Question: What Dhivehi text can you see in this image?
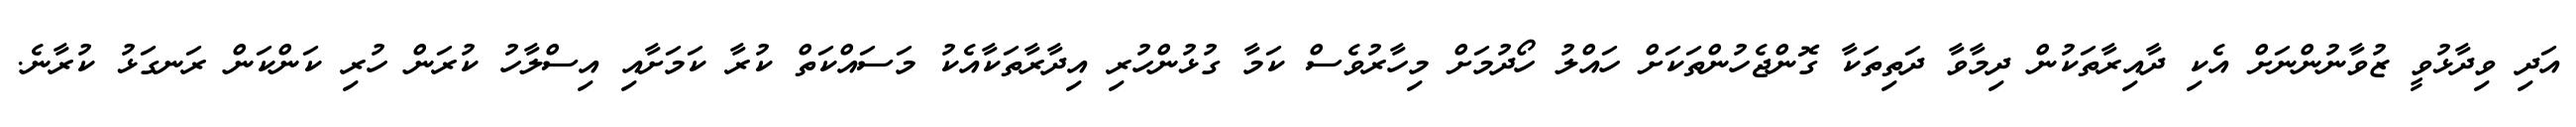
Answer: އަދި ވިދާޅުވީ ޒުވާނުންނަށް އެކި ދާއިރާތަކުން ދިމާވާ ދަތިތަކާ ގޮންޖެހުންތަކަށް ހައްލު ހޯދުމަށް މިހާރުވެސް ކަމާ ގުޅުންހުރި އިދާރާތަކާއެކު މަސައްކަތް ކުރާ ކަމަށާއި އިސްލާހު ކުރަން ހުރި ކަންކަން ރަނގަޅު ކުރާނެ.